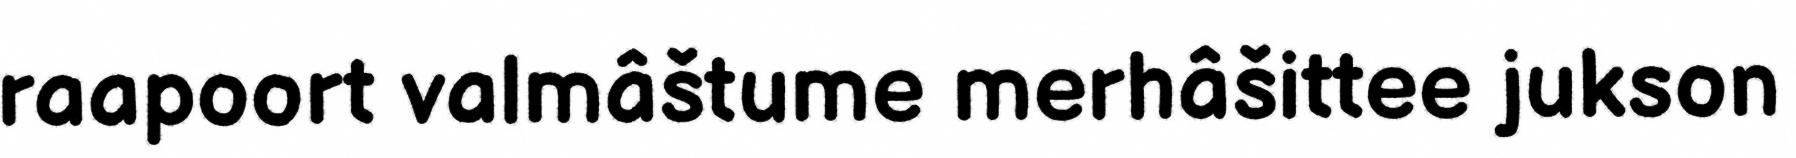
raapoort valmâštume merhâšittee jukson